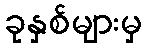
ခုနှစ်များမှ